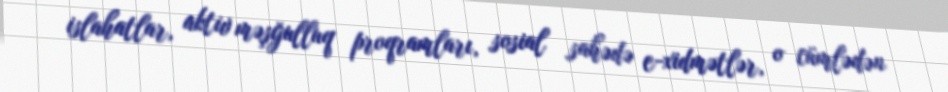
islahatlar, aktiv məşğulluq proqramları, sosial sahədə e-xidmətlər, o cümlədən